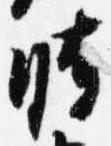
時